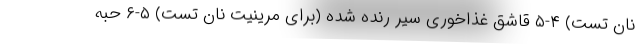
نان تست) ۴-۵ قاشق غذاخوری سیر رنده شده (برای مرینیت نان تست) ۵-۶ حبه